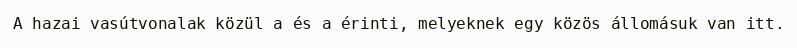
A hazai vasútvonalak közül a és a érinti, melyeknek egy közös állomásuk van itt.